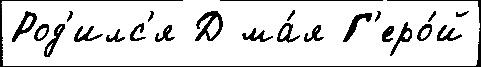
Род'илс'я Д ма́я Г'еро́й